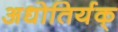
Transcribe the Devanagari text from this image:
अधोतिर्यक्‌